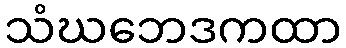
သံဃဘေဒကထာ